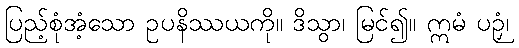
ပြည့်စုံအံ့သော ဥပနိဿယကို။ ဒိသွာ၊ မြင်၍။ ဣမံ ပဉှံ၊